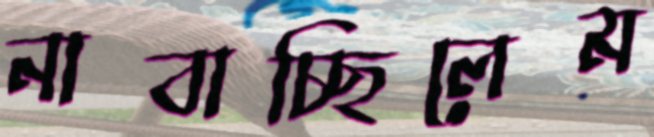
নাবাচ্ছিলেম